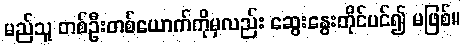
မည်သူ တစ်ဦးတစ်ယောက်ကိုမှလည်း ဆွေးနွေးတိုင်ပင်၍ မဖြစ်။